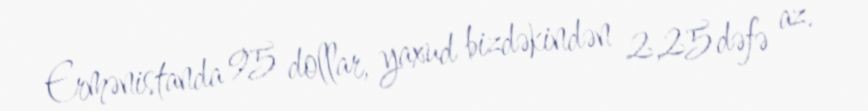
Ermənistanda 95 dollar, yaxud bizdəkindən 2,25 dəfə az.